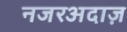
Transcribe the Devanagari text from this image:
नजरअदाज़